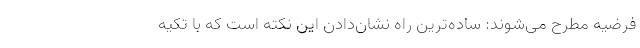
فرضیه مطرح می‌شوند: ساده‌ترین راه نشان‌دادن این نکته است که با تکیه